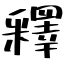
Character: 釋